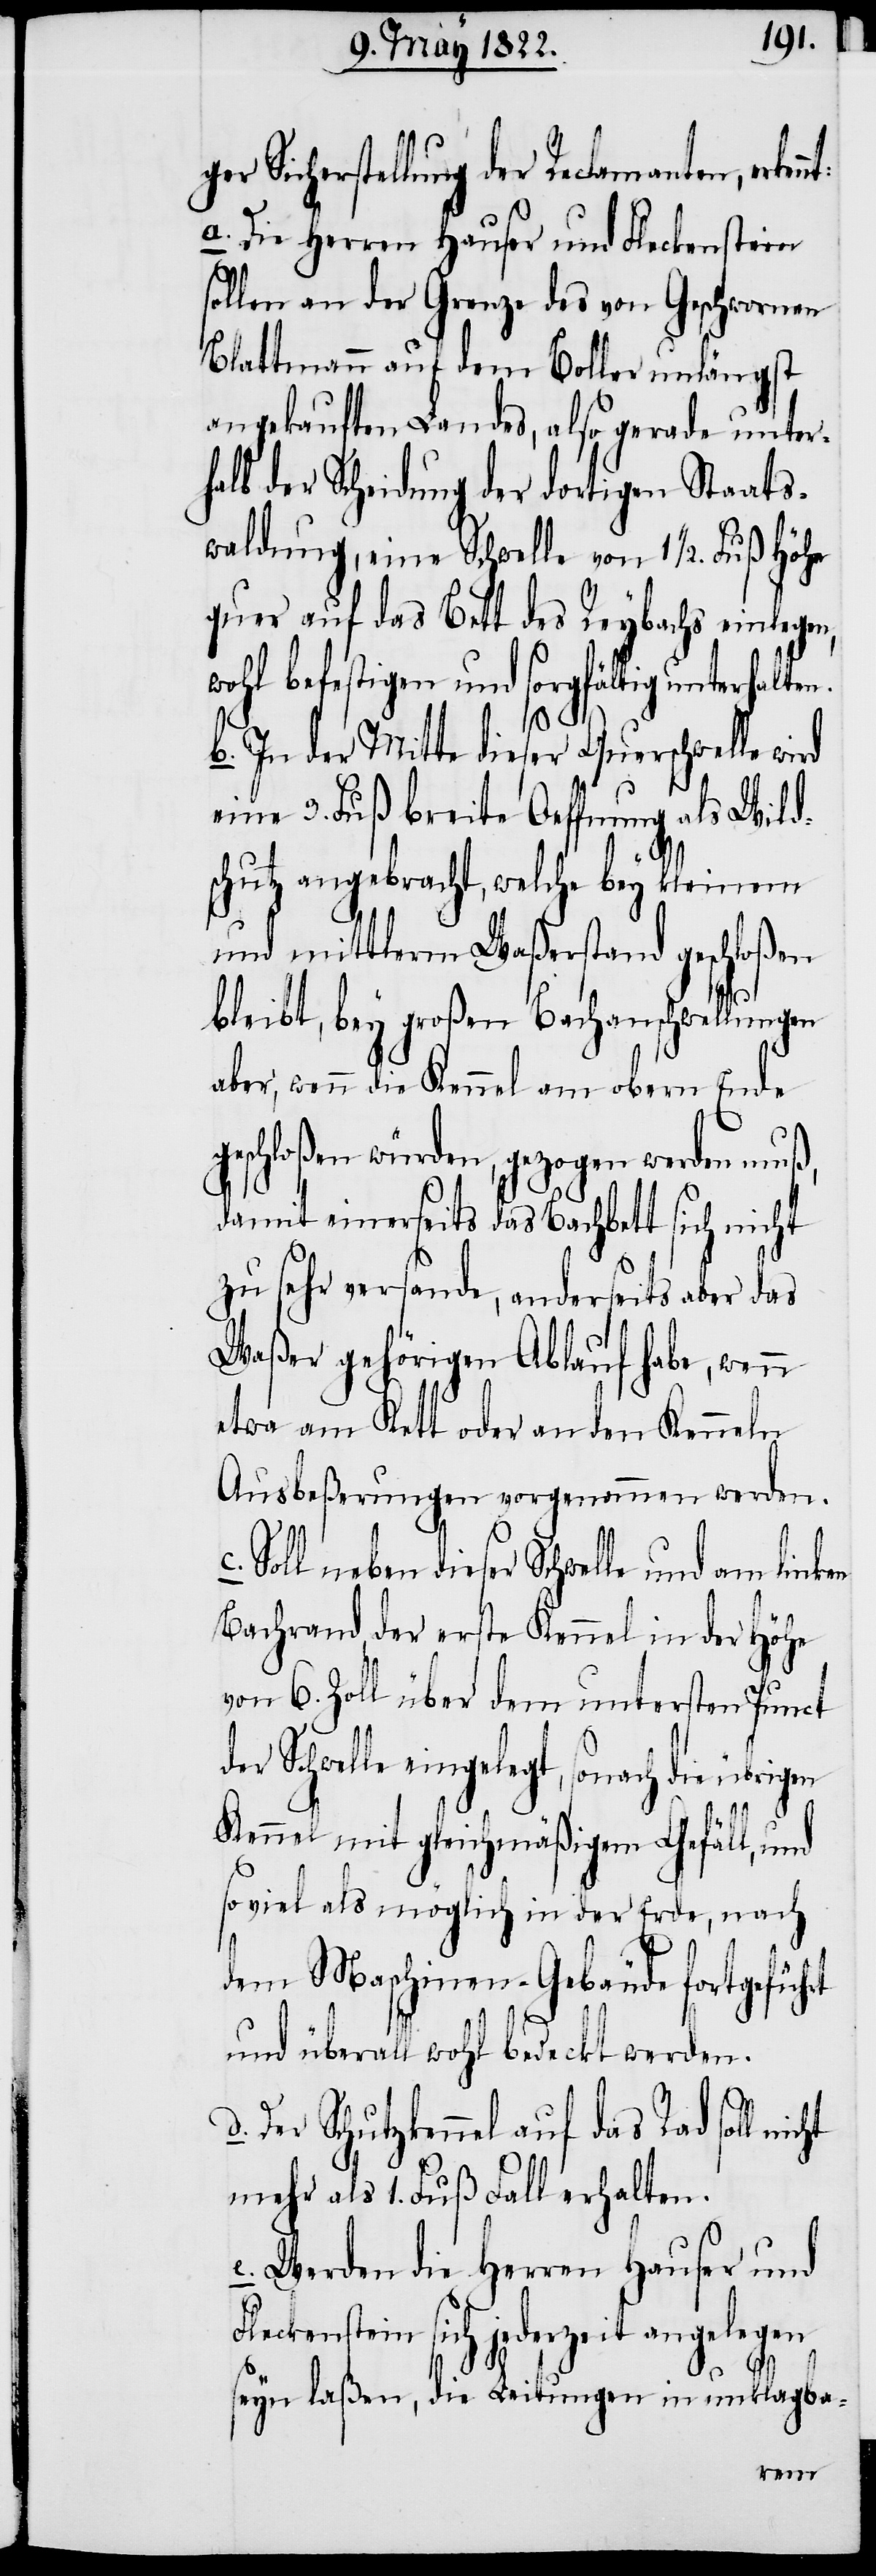
Sicherstellung der Reclamanten, e¬
a. Die Herren Hauser und Fleckenstein
sollen an der Grenze des von Geschwornen
Blattmann auf dem Boller unlängst
angekauften Landes, also gerade unter¬
halb der Theilung der dortigen Staats¬
waldung, eine Schwelle von 1½. Fuß Höhe
quer auf das Bett des Reybachs einlegen,
wohl befestigen und sorgfältig unterhalten.
b. In der Mitte dieser Querschwelle wird
eine 3. Fuß breite Oeffnung als Wild¬
schutz angebracht, welche bey kleinem
und mittlerem Waßerstand geschloßen
bleibt, bey großen Bachanschwellungen
aber, wenn die Kennel am obern Ende
geschloßen würden, gezogen werden muß,
damit einerseits das Bachbett sich nicht
zu sehr versande, anderseits aber das
Waßer gehörigen Ablauf habe, wenn
etwa am Kett oder an den Kenneln
Ausbeßerungen vorgenommen werden.
Soll neben dieser Schwelle und am linken
Bachrand der erste Kennel in der Höhe
von 6. Zoll über dem untersten Punct
der Schwelle eingelegt, sonach die übrigen
Kennel mit gleichmäßigem Gefäll, und
so viel als möglich in der Erde, nach
dem Maschinen-Gebäude fortgeführt
und überall wohl bedeckt werden.
Der Schutzkennel auf das Rad soll
mehr als 1. Fuß. Fall erhalten.
e. Werden die Herrn Hauser und
Fleckenstein sich jederzeit angelegen
seyn laßen, die Leitungen in unklagba-
rkennt: